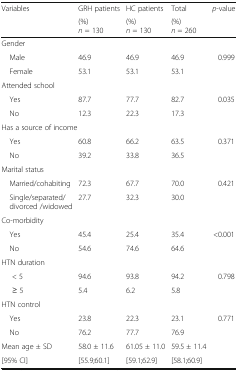
<table><thead><tr><td><b>Variables</b></td><td><b>GRH patients</b></td><td><b>HC patients</b></td><td><b>Total</b></td><td><b><i>p</i>-value</b></td></tr><tr><td></td><td><b>(%)<i>n</i> = 130</b></td><td><b>(%)<i>n</i> = 130</b></td><td><b>(%)<i>n</i> = 260</b></td><td></td></tr></thead><tbody><tr><td colspan="5">Gender</td></tr><tr><td> Male</td><td>46.9</td><td>46.9</td><td>46.9</td><td>0.999</td></tr><tr><td> Female</td><td>53.1</td><td>53.1</td><td>53.1</td><td></td></tr><tr><td colspan="5">Attended school</td></tr><tr><td> Yes</td><td>87.7</td><td>77.7</td><td>82.7</td><td>0.035</td></tr><tr><td> No</td><td>12.3</td><td>22.3</td><td>17.3</td><td></td></tr><tr><td colspan="5">Has a source of income</td></tr><tr><td> Yes</td><td>60.8</td><td>66.2</td><td>63.5</td><td>0.371</td></tr><tr><td> No</td><td>39.2</td><td>33.8</td><td>36.5</td><td></td></tr><tr><td colspan="5">Marital status</td></tr><tr><td> Married/cohabiting</td><td>72.3</td><td>67.7</td><td>70.0</td><td>0.421</td></tr><tr><td> Single/separated/divorced /widowed</td><td>27.7</td><td>32.3</td><td>30.0</td><td></td></tr><tr><td colspan="5">Co-morbidity</td></tr><tr><td> Yes</td><td>45.4</td><td>25.4</td><td>35.4</td><td>&lt;0.001</td></tr><tr><td> No</td><td>54.6</td><td>74.6</td><td>64.6</td><td></td></tr><tr><td colspan="5">HTN duration</td></tr><tr><td>&lt; 5</td><td>94.6</td><td>93.8</td><td>94.2</td><td>0.798</td></tr><tr><td>≥ 5</td><td>5.4</td><td>6.2</td><td>5.8</td><td></td></tr><tr><td colspan="5">HTN control</td></tr><tr><td> Yes</td><td>23.8</td><td>22.3</td><td>23.1</td><td>0.771</td></tr><tr><td> No</td><td>76.2</td><td>77.7</td><td>76.9</td><td></td></tr><tr><td>Mean age ± SD</td><td>58.0 ± 11.6</td><td>61.05 ± 11.0</td><td>59.5 ± 11.4</td><td></td></tr><tr><td>[95% CI]</td><td>[55.9;60.1]</td><td>[59.1;62.9]</td><td>[58.1;60.9]</td><td></td></tr></tbody></table>